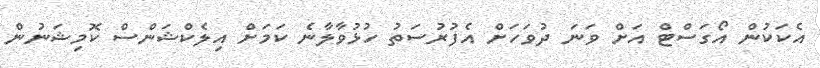
އެކަކުން އޯގަސްޓް އަށް ވަނަ ދުވަހަށް އެފުރުސަތު ހުޅުވާލާނެ ކަމަށް އިލެކްޝަންސް ކޮމިޝަނުން